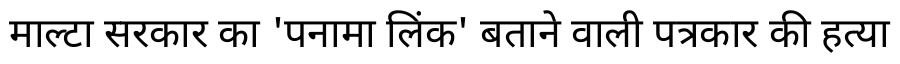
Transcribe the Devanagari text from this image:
माल्टा सरकार का 'पनामा लिंक' बताने वाली पत्रकार की हत्या